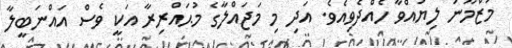
މަޒްމޫނު ލިޔުއްވާ ހެއްދެވިއެވެ. އަދި މި މަޖައްލާގެ މުޙައްރިރާ އަކީ ވެސް އައްނަބީލާ